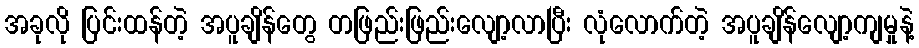
အခုလို ပြင်းထန်တဲ့ အပူချိန်တွေ တဖြည်းဖြည်းလျော့လာပြီး လုံလောက်တဲ့ အပူချိန်လျော့ကျမှုနဲ့